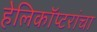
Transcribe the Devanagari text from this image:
हेलिकॉप्टरांचा